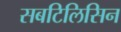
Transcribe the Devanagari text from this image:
सबटिलिसिन